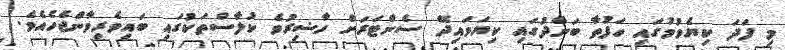
މި ފަދަ ކިޔެވުމުގައި ހަފުތާ ބަންދުގައި ކިޔަވައިދޭ ސެންޓަރަށް ހާޟިރުވެ ކުލާސްތަކުގައި ބައިވެރިވާންޖެހެއެވެ.